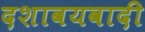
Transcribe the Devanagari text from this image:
दशावयवादी